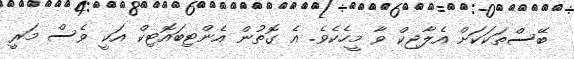
ބޭސްތަކަކަށް އެލާޖިކް ވާ މީހެކެވެ. އެ ގޮތުން އެންޓިބައޮޓިކް އަކީ ވެސް މަރީ